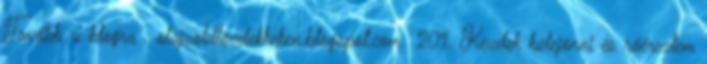
Tovább a blogra . olajzoldlevelekkeken.blogspot.com 201. Kezdek belejönni és ráéreztem